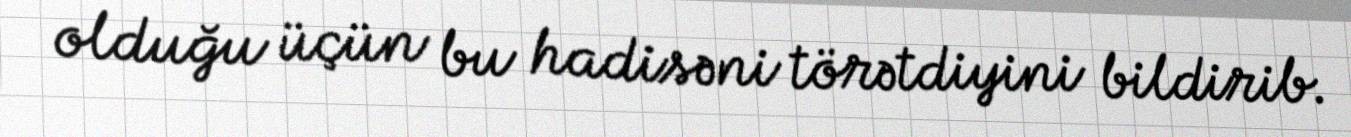
olduğu üçün bu hadisəni törətdiyini bildirib.